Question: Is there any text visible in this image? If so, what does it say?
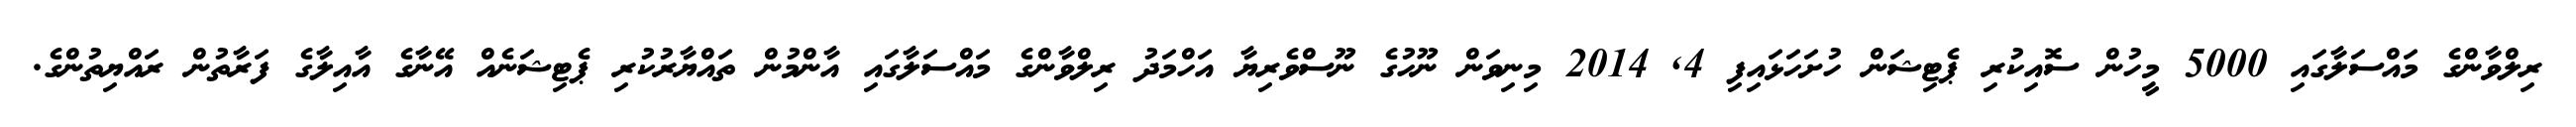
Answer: ރިލްވާންގެ މައްސަލާގައި 5000 މީހުން ސޮއިކުރި ޕެޓިޝަން ހުށަހަޅައިފި 4, 2014 މިނިވަން ނޫހުގެ ނޫސްވެރިޔާ އަހްމަދު ރިލްވާންގެ މައްސަލާގައި އާންމުން ތައްޔާރުކުރި ޕެޓިޝަނެއް އޭނާގެ އާއިލާގެ ފަރާތުން ރައްޔިތުންގެ.